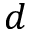
d